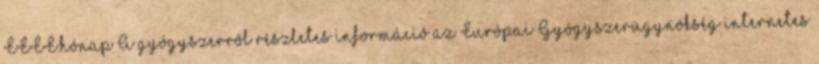
ÉÉÉÉ.hónap A gyógyszerről részletes információ az Európai Gyógyszerügynökség internetes